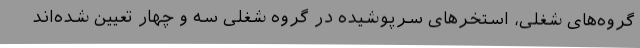
گروه‌های شغلی، استخرهای سرپوشیده در گروه شغلی سه و چهار تعیین شده‌اند